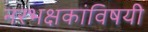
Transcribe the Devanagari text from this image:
नरभक्षकांविषयी